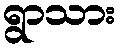
ရွာသား